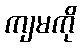
ကျမကို